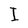
Character: I